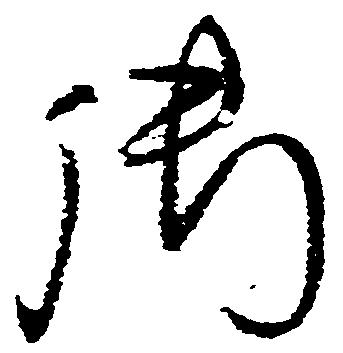
御